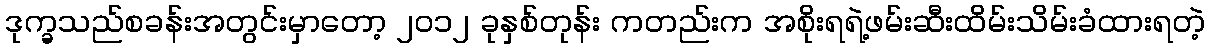
ဒုက္ခသည်စခန်းအတွင်းမှာတော့ ၂၀၁၂ ခုနှစ်တုန်း ကတည်းက အစိုးရရဲ့ဖမ်းဆီးထိမ်းသိမ်းခံထားရတဲ့